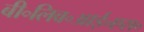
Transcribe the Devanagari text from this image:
बी॰लिव॰आई॰एस॰